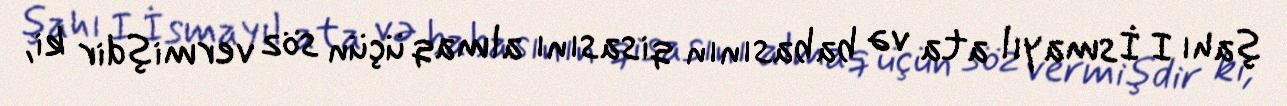
şahı I İsmayıl ata və babasının qisasını almaq üçün söz vermişdir ki,